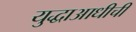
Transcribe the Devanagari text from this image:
युद्धाआधीची